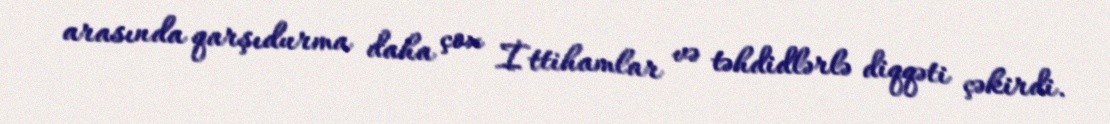
arasında qarşıdurma daha çox İttihamlar və təhdidlərlə diqqəti çəkirdi.